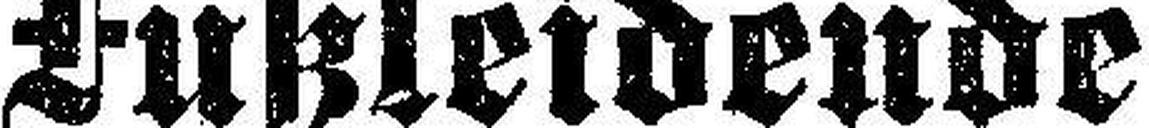
Fußleidende